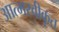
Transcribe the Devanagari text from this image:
आत्‍मस्‍वीकृत